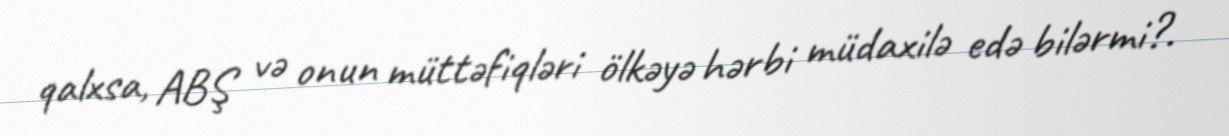
qalxsa, ABŞ və onun müttəfiqləri ölkəyə hərbi müdaxilə edə bilərmi?.